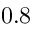
0 . 8